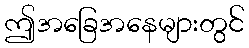
ဤအခြေအနေများတွင်